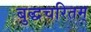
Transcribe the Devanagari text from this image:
बुद्धचरितम्‌